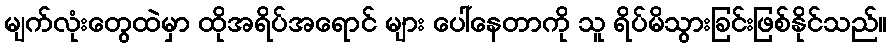
မျက်လုံးတွေထဲမှာ ထိုအရိပ်အရောင် များ ပေါ်နေတာကို သူ ရိပ်မိသွားခြင်းဖြစ်နိုင်သည်။